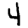
Digit: 4